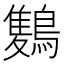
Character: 𪅥